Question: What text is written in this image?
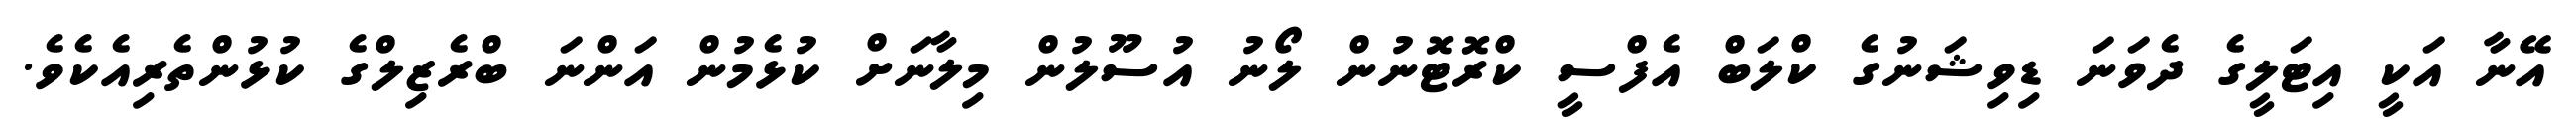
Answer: އޭނާ އަކީ އިޓަލީގެ ދެވަނަ ޑިވިޝަނުގެ ކްލަބް އެފްސީ ކްރޮޓޮނުން ލޯނު އުސޫލުން މިލާނަށް ކުޅެމުން އަންނަ ބްރެޒިލްގެ ކުޅުންތެރިއެކެވެ.